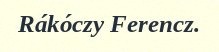
Rákóczy Ferencz.